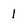
Character: 1